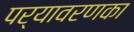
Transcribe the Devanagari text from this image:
पर्यावरणका